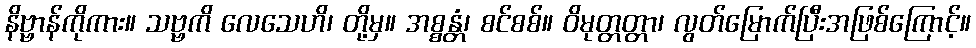
နိဗ္ဗာန်ကိုကား။ သဗ္ဗကိ လေသေဟိ၊ တို့မှ။ အစ္စန္တံ၊ စင်စစ်။ ဝိမုတ္တတ္တာ၊ လွတ်မြောက်ပြီးအဖြစ်ကြောင့်။